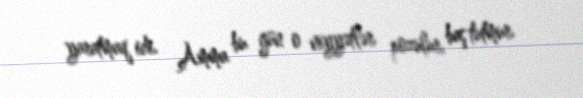
yaratmaq idi. Amma bu gün o niyyətlər pozulur, baş tutmur.